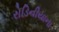
રોડિનીયાના